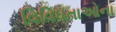
વિવિધતાઓના